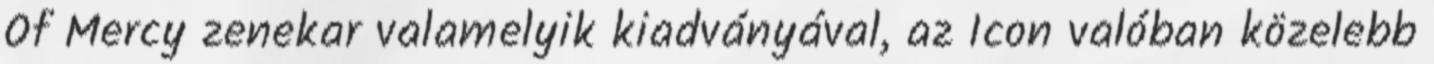
Of Mercy zenekar valamelyik kiadványával, az Icon valóban közelebb